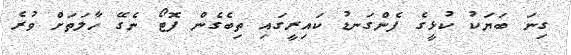
ގިނަ ބަޔަކު ކުޅީގެ ފެންގަނޑު ކައިރީގައި ތިބެގެން ފޮޓޯ ނެގޭ ހާލަތަށް ވުރެ